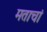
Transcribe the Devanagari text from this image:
मताचां